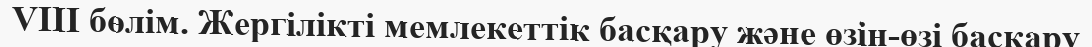
VIII бөлім. Жергілікті мемлекеттік басқару және өзін-өзі басқару